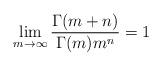
LaTeX: \begin{align*} \lim_{m\to\infty}\frac{\Gamma(m+n)}{\Gamma(m) m^n}=1 \end{align*}